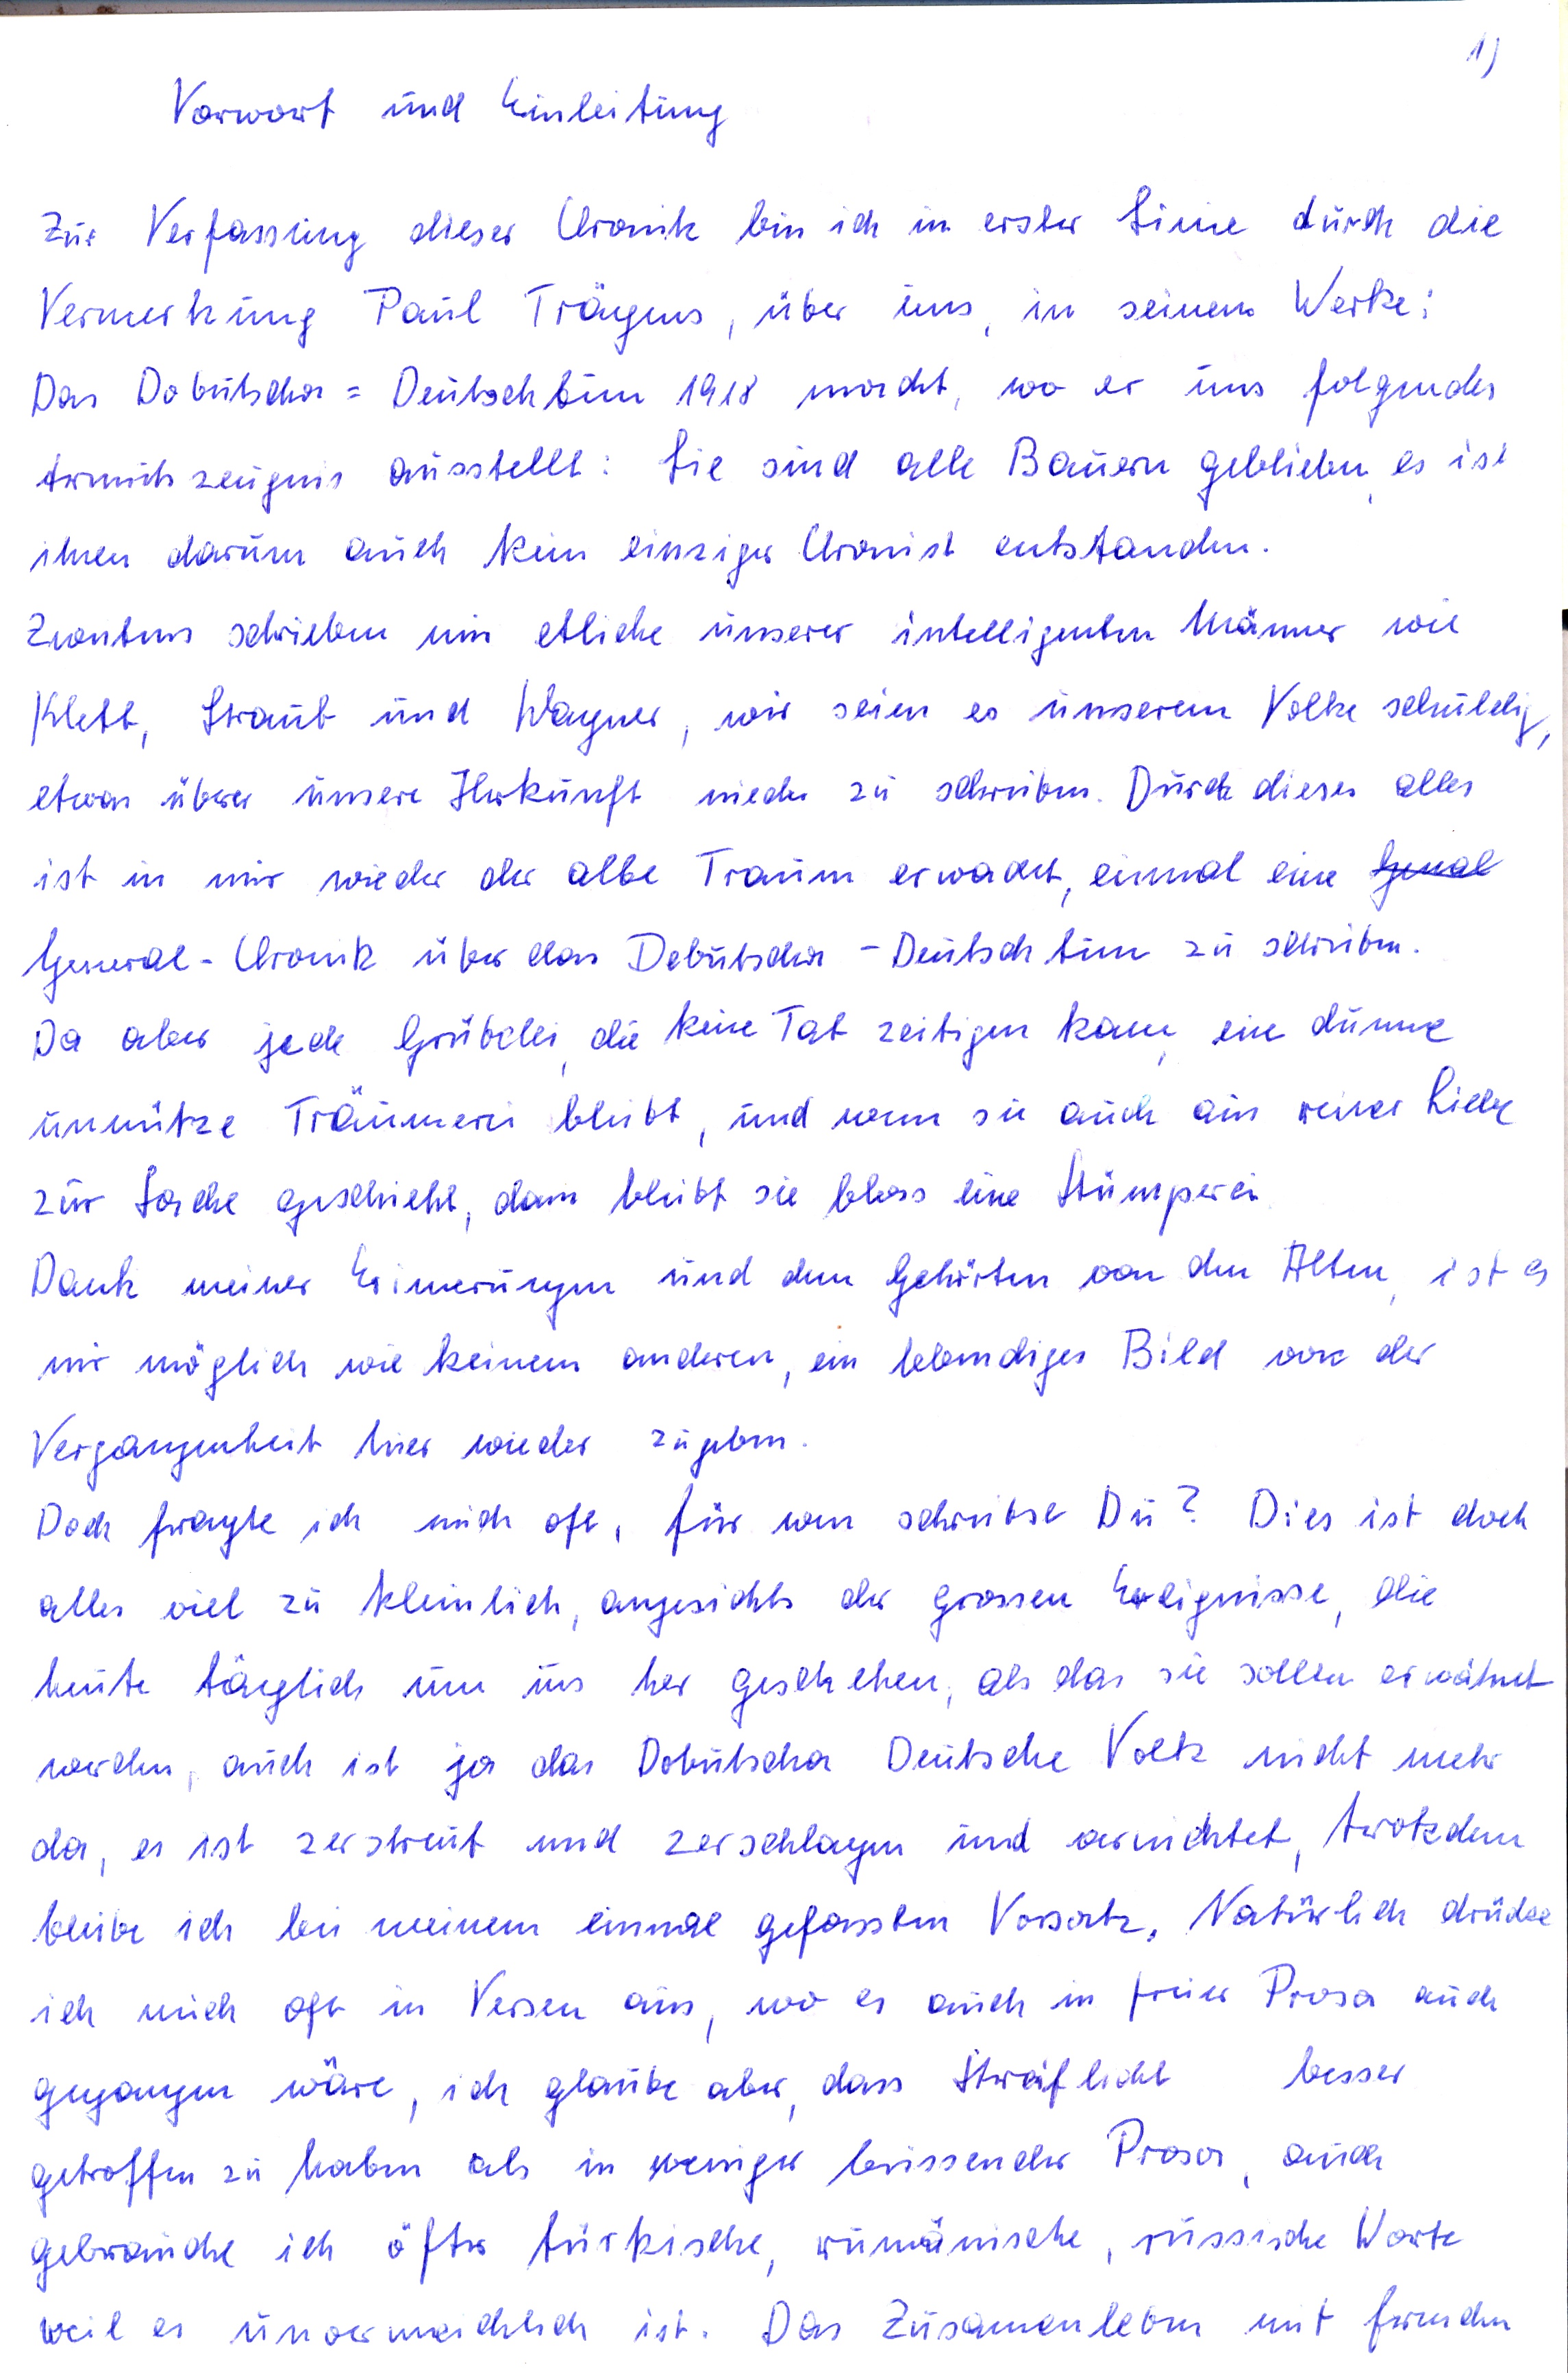
Vorwort und Einleitung
Zur Verfassung dieser Chronik bin ich in erster Linie durch die
Vermerkung Paul Trägers, über uns, in seinem Werke:
Das Dobrutscha = Deutschtum 1918 macht, wo er uns folgendes
Armutszeugnis ausstellt: sie sind alle Bauern geblieben, es ist
ihnen darum auch kein einziger Chronist entstanden.
Zwentens schrieben mir etliche unserer intelligenten Männer wie
Klett, Straub und Wagner, wir seien es unserem Volke schuldig,
etwas über unsere Herkunft nieder zu schreiben. Durch dieses alles
ist in mir wieder der alte Traum er wachet, einmal eine Genal
General - Chronik über das Dobrutscha-Deutsch tum zu schreiben.
Da aber jede Grübelei, die keine Tat zeitigen kann, eine dumme
unnütze Träumerei bleibt, und wenn sie auch aus reiner Liebe
zur Sache geschieht, dann bleibt sie bloss eine Stümperei
Dank meiner Erinnerungen und dem Gehörten von den Alten, ist es
mir möglich wie keinem anderen, ein lebendiges Bild von der
Vergangenheit hier wieder zugeben.
Doch fragte ich mich oft, für wen schreibst Du? Dies ist doch
alles viel zu kleinlich, angesichts der grossen Ereignisse, die
heute täglich um uns her geschehen, als das sie sollen er wähnet
werden, auch ist ja das Dobrutscha Deutsche Volk nicht mehr
da, es ist zerstreut und zerschlagen und vernichtet, trotzdem
bleibe ich bei meinem einmal gefassten Vorsatz. Natürlich drücke
ich mich oft in Versen aus, wo es auch in freier Prosa auch
gegangen wäre, ich glaube aber,  dass Streiflicht besser
 getroffen zu haben als in weniger brissender Prosa, auch
gebrauche ich öfter türkische, rumänische, russische Worte
weil es unvermeidlich ist. Das Zusammenleben mit fremden